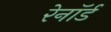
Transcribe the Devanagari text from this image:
रेनॉर्ड